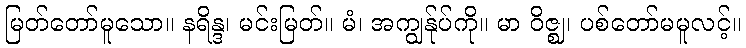
မြတ်တော်မူသော။ နရိန္ဒ၊ မင်းမြတ်။ မံ၊ အကျွန်ုပ်ကို။ မာ ဝိဇ္ဈ၊ ပစ်တော်မမူလင့်။